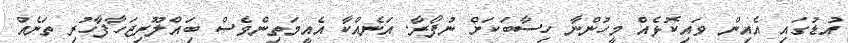
އުޑުގައި އެއިން ވައިކޮޅެއް މީހުންނާ ހިސާބަކަށް ނުފޯރާ. އަނެއްކާ އެއީމަތިންވެސް ބިައްލޫރިޖަހާފާހުރި ތަނެއް